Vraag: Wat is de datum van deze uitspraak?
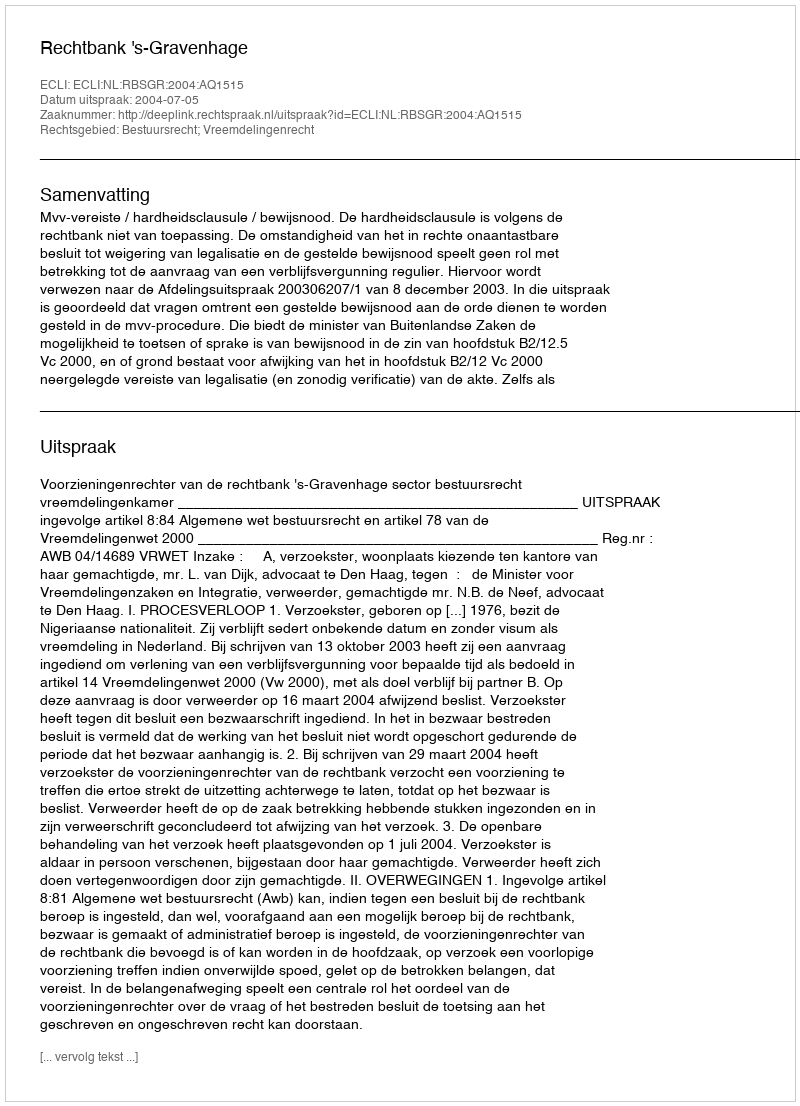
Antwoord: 2004-07-05